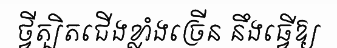
ថ្វីត្បិតជើងខ្លាំងច្រើន នឹងធ្វើឱ្យ